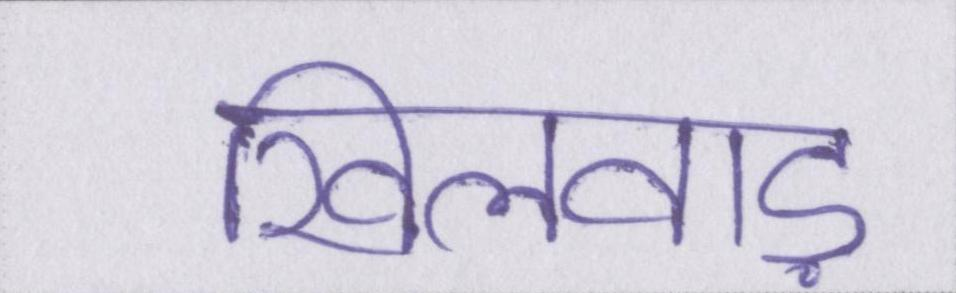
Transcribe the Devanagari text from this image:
खिलवाड़